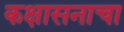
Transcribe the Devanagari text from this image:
कक्षासनाचा